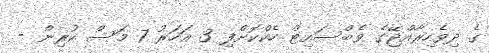
ގެ ދިވެހިރާއްޖޭގެ ވެބްސައިޓް ހެކްކޮށްފި 3 އަހަރު 7 މަސް ކުރިން -